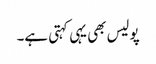
پولیس بھی یہی کہتی ہے۔